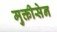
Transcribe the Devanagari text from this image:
मुक्तीसेन